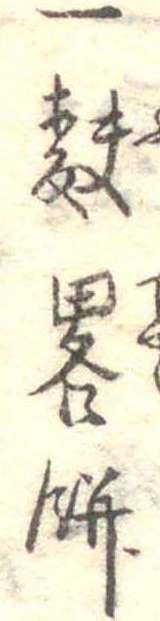
一麩略餅